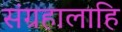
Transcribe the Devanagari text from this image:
संग्रहालाहि